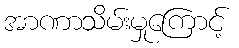
အာဏာသိမ်းမှုကြောင့်